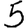
Digit: 5